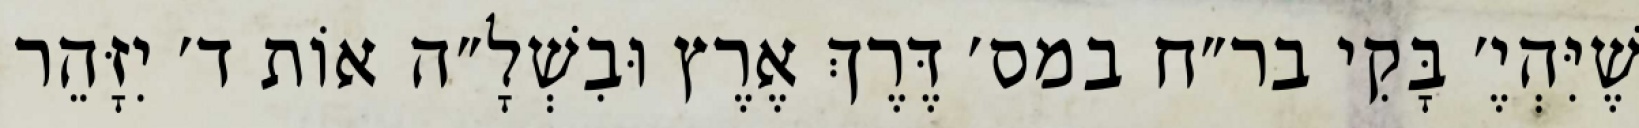
שֶׁיִּהְיֶ׳ בָּקִי בר״ח במס׳ דֶּרֶךְ אֶרֶץ וּבִשְׁלָ״ה אוֹת ד׳ יִזָּהֵר